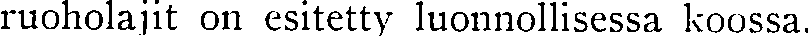
ruoholajit on esitetty luonnollisessa koossa.